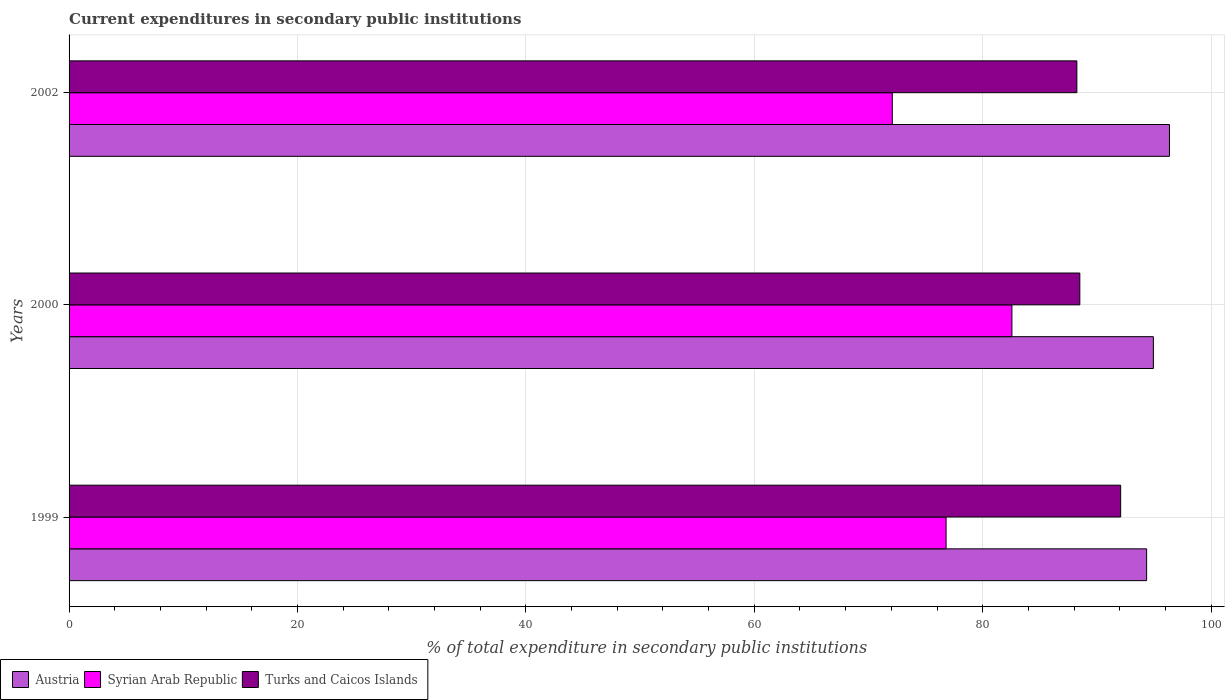
| Years | Austria | Syrian Arab Republic | Turks and Caicos Islands |
 | --- | --- | --- | --- |
 | 1999 | 94.4 | 76.8 | 92.1 |
 | 2000 | 94.9 | 82.6 | 88.5 |
 | 2002 | 96.4 | 72.1 | 88.2 |